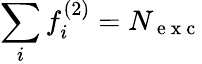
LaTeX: \sum_{i}f_{i}^{(2)}=N_{\mathrm{~e~x~c~}}